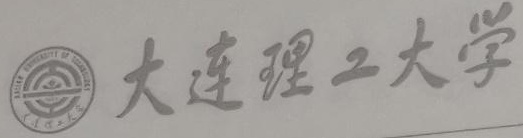
大连理工大学